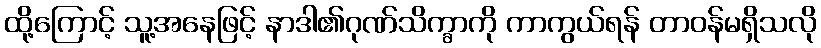
ထို့ကြောင့် သူ့အနေဖြင့် နာဒါ၏ဂုဏ်သိက္ခာကို ကာကွယ်ရန် တာဝန်မရှိသလို